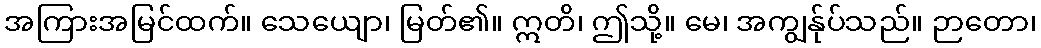
အကြားအမြင်ထက်။ သေယျော၊ မြတ်၏။ ဣတိ၊ ဤသို့။ မေ၊ အကျွန်ုပ်သည်။ ဉာတော၊